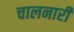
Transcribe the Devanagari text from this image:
चालनारी